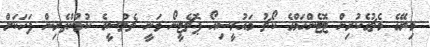
މިރޭގެ މެޗުގެކުރިން ޓޮޓެންހަމްގެ ކޯޗު މައުރީސިއޯ ޕޮޗެޓީނޯ ވަނީ ޗެލްސީގެ ކުޅުންތެރިން ފަހަކަށް